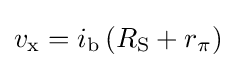
v_{\text{x}}=i_{\text{b}}\left(R_{\text{S}}+r_{\pi }\right)